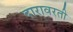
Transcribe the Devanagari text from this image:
दारावरती